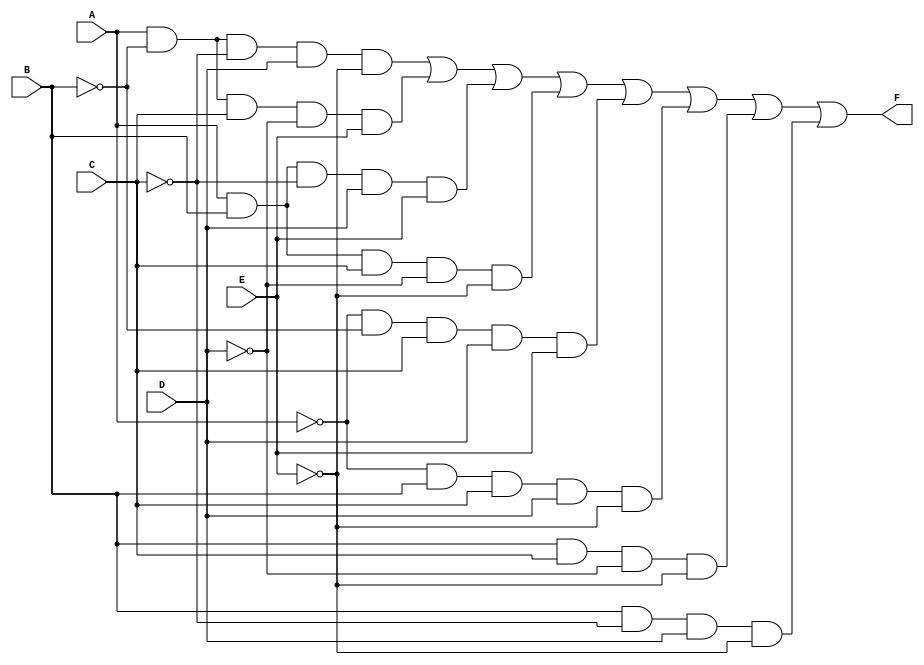
module five_variable_kmap (
    input wire A, // Input variable A
    input wire B, // Input variable B
    input wire C, // Input variable C
    input wire D, // Input variable D
    input wire E, // Input variable E
    output wire F // Output variable F
);

// K-map definition based on the desired output values for each combination of inputs
// This example assumes a specific K-map configuration; modify the truth table as necessary.
assign F = (A & ~B & ~C & D & ~E) | // Cell 16
           (A & ~B & C & ~D & E) | // Cell 22
           (A & B & ~C & D & E) | // Cell 30
           (A & B & C & ~D & ~E) | // Cell 29
           (~A & ~B & C & D & E) | // Cell 14
           (~A & B & C & D & ~E) | // Cell 10
           (B & C & ~D & ~E) | // Cell 6
           (B & ~C & D & ~E); // Cell 5

endmodule